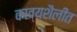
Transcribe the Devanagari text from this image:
काव्यशैलीत